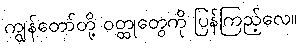
ကျွန်တော်တို့ ဝတ္ထုတွေကို ပြန်ကြည့်လေ။